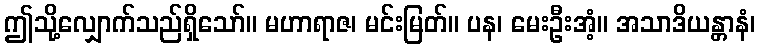
ဤသို့လျှောက်သည်ရှိသော်။ မဟာရာဇ၊ မင်းမြတ်။ ပန၊ မေးဦးအံ့။ အသာဒိယန္တာနံ၊